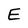
Character: E